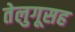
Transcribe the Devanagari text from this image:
तेलुगूसह